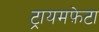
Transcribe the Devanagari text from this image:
ट्रायमफ़ेटा